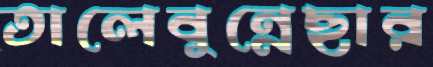
তালেবুন্নেছার